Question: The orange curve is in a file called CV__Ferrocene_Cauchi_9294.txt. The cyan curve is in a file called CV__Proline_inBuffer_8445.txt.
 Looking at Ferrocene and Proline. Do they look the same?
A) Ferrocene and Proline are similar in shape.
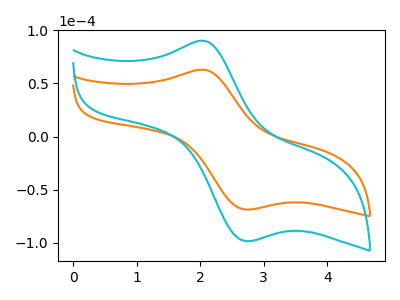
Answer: <think>The orange curve "Ferrocene" has an anodic peak at (2.00V, 63.00uA) and a cathodic peak at (2.70V, -68.70uA). The cyan curve "Proline" has an anodic peak at (2.00V, 90.30uA) and a cathodic peak at (2.70V, -98.50uA).
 All the peaks in "Ferrocene" have a peak in "Proline" at the same potential. Every peak in "Ferrocene" is lower than every peak in "Proline".</think>
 <answer>A) "Ferrocene" and "Proline" are similar in shape.</answer>
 <eval>A</eval>